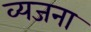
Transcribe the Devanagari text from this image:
व्यजना